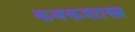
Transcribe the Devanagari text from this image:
कवकशास्त्र